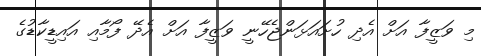
މި ވަޒީފާ އަށް އެދި ހުށައަޅަންޖެހޭނީ ވަޒީފާ އަށް އެދޭ ފޯމާއި އައިޑީކާޑުގެ